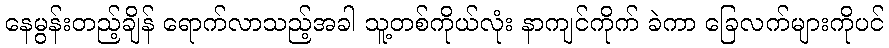
နေမွန်းတည့်ချိန် ရောက်လာသည့်အခါ သူ့တစ်ကိုယ်လုံး နာကျင်ကိုက် ခဲကာ ခြေလက်များကိုပင်